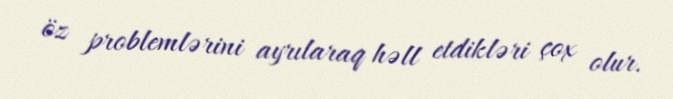
öz problemlərini ayrılaraq həll etdikləri çox olur.